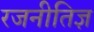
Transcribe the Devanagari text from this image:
रजनीतिज्ञ